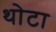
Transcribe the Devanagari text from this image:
थोटा